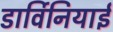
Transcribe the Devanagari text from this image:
डार्विनियाई